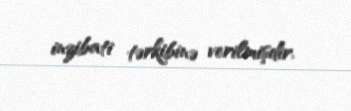
inzibati tərkibinə verilmişdir.